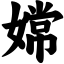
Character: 嫦